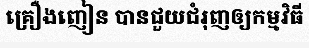
គ្រឿងញៀន បានជួយជំរុញឲ្យកម្មវិធី